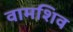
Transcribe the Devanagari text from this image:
वामशिव